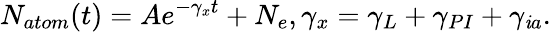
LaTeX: N_{atom}(t)=Ae^{-\gamma_{x}t}+N_{e},\gamma_{x}=\gamma_{L}+\gamma_{PI}+\gamma_{\mathit{i}a}.